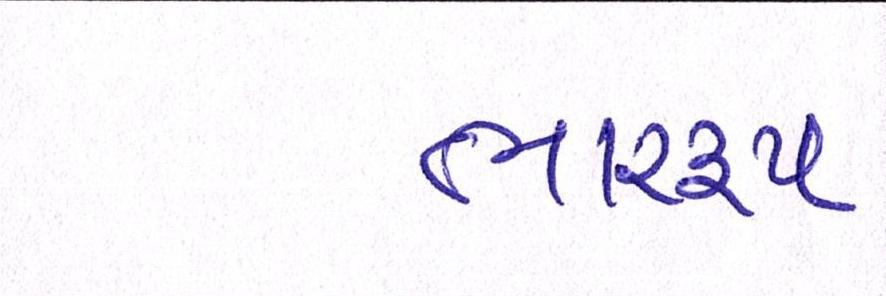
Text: ભારરૂપ